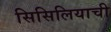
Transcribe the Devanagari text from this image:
सिसिलियाची